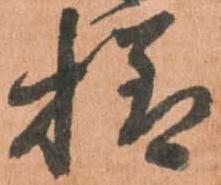
様